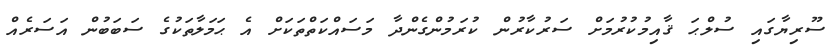
ސޫރިޔާގައި ސުލްޙަ ޤާއިމުކުރުމަށް ސަރުކާރުން ކުރަމުންގެންދާ މަސައްކަތްތަކަށް އެ ޙަމަލާތަކުގެ ސަބަބުން އަސަރެއް